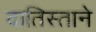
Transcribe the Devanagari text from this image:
दातिस्ताने